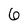
Character: 6